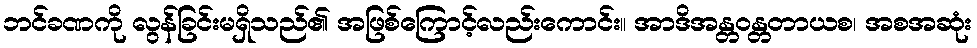
ဘင်ခဏကို လွန်ခြင်းမရှိသည်၏ အဖြစ်ကြောင့်လည်းကောင်း။ အာဒိအန္တဝန္တတာယစ၊ အစအဆုံး